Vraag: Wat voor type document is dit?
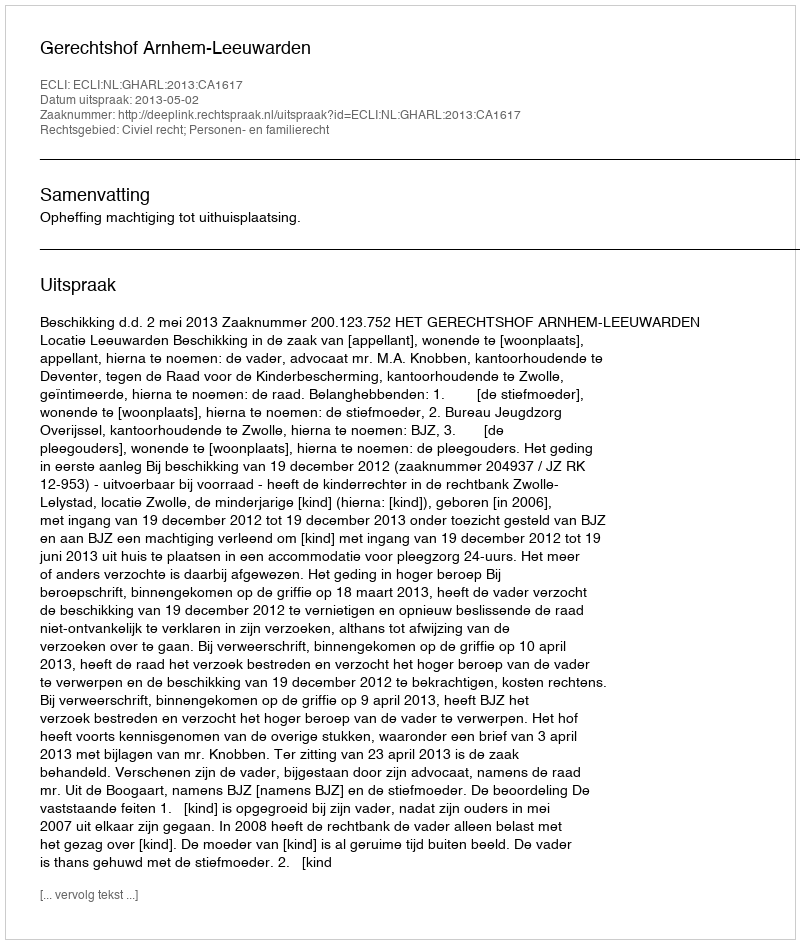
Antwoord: Uitspraak